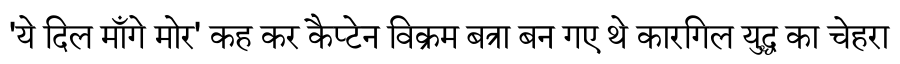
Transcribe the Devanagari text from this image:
'ये दिल माँगे मोर' कह कर कैप्टेन विक्रम बत्रा बन गए थे कारगिल युद्ध का चेहरा